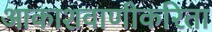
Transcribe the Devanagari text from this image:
आकाशवाणीकरिता